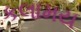
કલામય